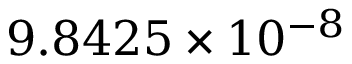
9 . 8 4 2 5 \times 1 0 ^ { - 8 }